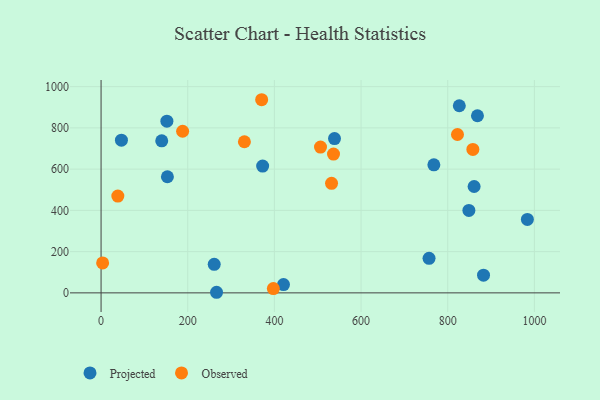
{"axis": {"x": "Experience", "y": "Profit"}, "legend": ["Observed", "Projected"], "data": [{"x": "860.9", "y": 515.8, "type": "Projected"}, {"x": "826.7", "y": 907.3, "type": "Projected"}, {"x": "151.9", "y": 832.3, "type": "Projected"}, {"x": "266.5", "y": 2.9, "type": "Projected"}, {"x": "868.6", "y": 858.9, "type": "Projected"}, {"x": "882.6", "y": 85.6, "type": "Projected"}, {"x": "140.0", "y": 737.2, "type": "Projected"}, {"x": "153.1", "y": 563.1, "type": "Projected"}, {"x": "768.0", "y": 620.8, "type": "Projected"}, {"x": "47.0", "y": 740.2, "type": "Projected"}, {"x": "372.9", "y": 614.7, "type": "Projected"}, {"x": "421.0", "y": 40.0, "type": "Projected"}, {"x": "261.1", "y": 138.5, "type": "Projected"}, {"x": "756.9", "y": 167.5, "type": "Projected"}, {"x": "983.8", "y": 355.9, "type": "Projected"}, {"x": "848.8", "y": 399.9, "type": "Projected"}, {"x": "538.7", "y": 747.9, "type": "Projected"}, {"x": "858.0", "y": 695.4, "type": "Observed"}, {"x": "536.4", "y": 672.8, "type": "Observed"}, {"x": "38.7", "y": 469.3, "type": "Observed"}, {"x": "188.2", "y": 783.6, "type": "Observed"}, {"x": "3.6", "y": 145.3, "type": "Observed"}, {"x": "370.6", "y": 936.5, "type": "Observed"}, {"x": "397.6", "y": 21.0, "type": "Observed"}, {"x": "531.9", "y": 531.3, "type": "Observed"}, {"x": "822.5", "y": 768.0, "type": "Observed"}, {"x": "330.8", "y": 732.8, "type": "Observed"}, {"x": "506.4", "y": 707.0, "type": "Observed"}]}